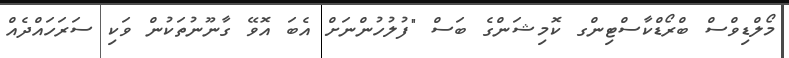
މޯލްޑިވްސް ބްރޯޑްކާސްޓިންގ ކޮމިޝަންގެ ބަސް "ފުލުހުންނަށް އެބަ އޮވޭ ގާނޫނުތަކުން ވަކި ސަރަހައްދެއް